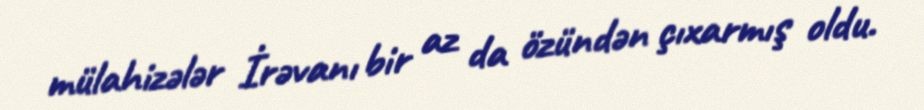
mülahizələr İrəvanı bir az da özündən çıxarmış oldu.